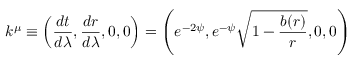
k ^ { \mu } \equiv \left( \frac { d t } { d \lambda } , \frac { d r } { d \lambda } , 0 , 0 \right) = \left( e ^ { - 2 \psi } , e ^ { - \psi } \sqrt { 1 - \frac { b ( r ) } { r } } , 0 , 0 \right)